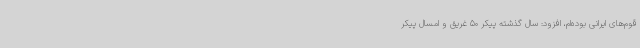
قوم‌های ایرانی بوده‌ام، افزود: سال گذشته پیکر 50 غریق و امسال پیکر